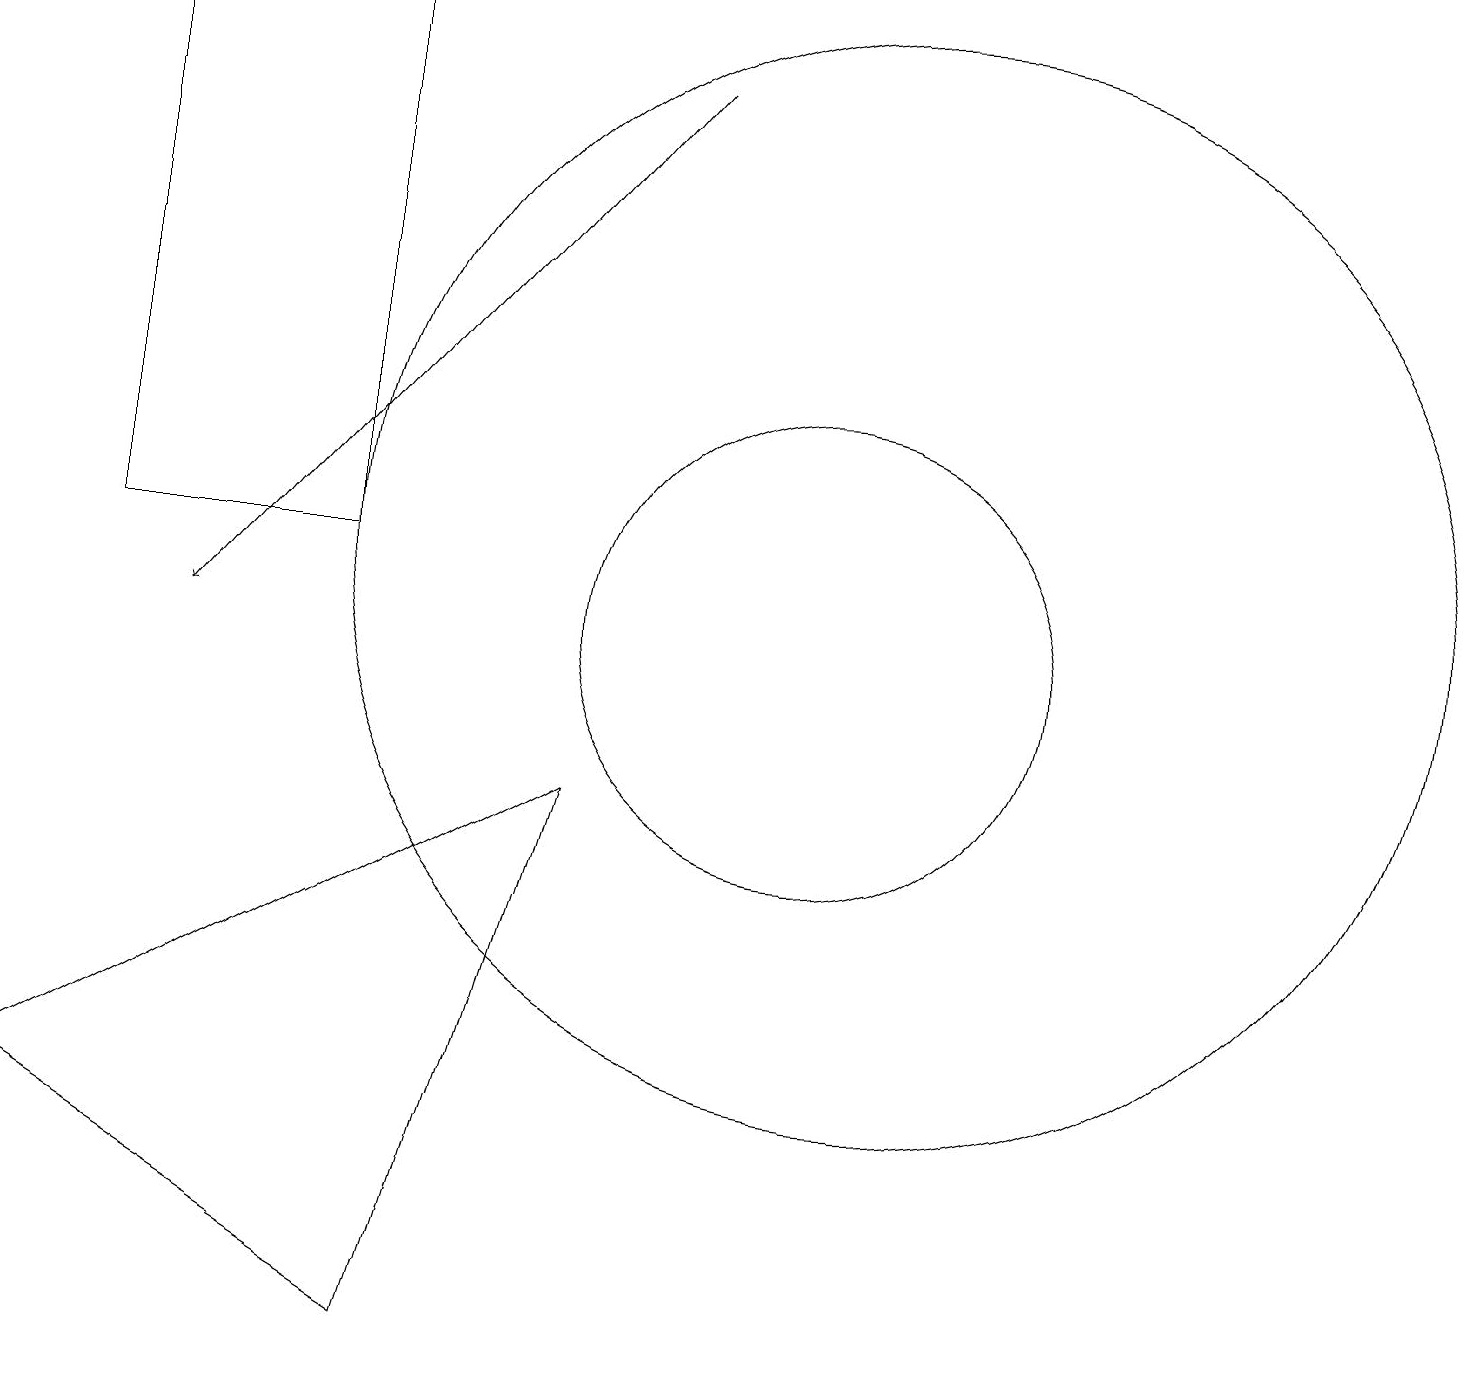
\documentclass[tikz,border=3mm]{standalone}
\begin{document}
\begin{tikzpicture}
\draw (11,11) circle (7);
\draw[->] (8,17) -- (2,10);
\draw (1,11) rectangle (4,18);
\draw (7,8) -- (0,4) -- (5,1) -- cycle;
\draw (10,10) circle (3);
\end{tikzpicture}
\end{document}